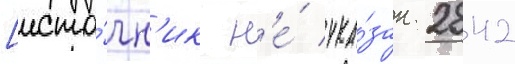
[исто́чн'ик н'е́ ука́зан 2842